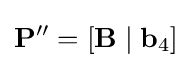
{\mathbf {P} ''}=[{\mathbf {B} }\;|\;{\mathbf {b} }_{4}]